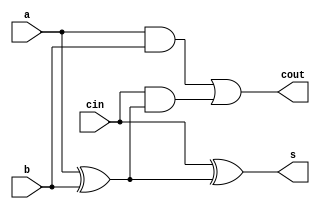
   
module bitadder(input a,
                      b,
                      cin,
                output s,
                       cout);

assign s = cin ^ (a ^ b);
assign cout = (a&b) | (cin&(a^b));

endmodule

module bit8adder(input[7:0] a,
                            b,
                           input carry_in, 
                 output[7:0] s ,  output c);

       wire carry[6:0];
        bitadder b0(.a(a[0]), .b(b[0]), .cin(carry_in), .s(s[0]), .cout(carry[0]));
        bitadder b1(.a(a[1]), .b(b[1]), .cin(carry[0]), .s(s[1]), .cout(carry[1]));
        bitadder b2(.a(a[2]), .b(b[2]), .cin(carry[1]), .s(s[2]), .cout(carry[2]));
        bitadder b3(.a(a[3]), .b(b[3]), .cin(carry[2]), .s(s[3]), .cout(carry[3]));
        bitadder b4(.a(a[4]), .b(b[4]), .cin(carry[3]), .s(s[4]), .cout(carry[4]));
        bitadder b5(.a(a[5]), .b(b[5]), .cin(carry[4]), .s(s[5]), .cout(carry[5]));
        bitadder b6(.a(a[6]), .b(b[6]), .cin(carry[5]), .s(s[6]), .cout(carry[6]));
        bitadder b7(.a(a[7]), .b(b[7]), .cin(carry[6]), .s(s[7]), .cout(c));
endmodule


module tb;

       reg[7:0] a,b;
         reg cin;
       wire[7:0] sum;
       wire carry;
       bit8adder ad(.a(a), .b(b), .carry_in(cin), .s(sum) , .c(carry));
       integer i ;
       initial begin
              for(i=0;i<10;i++) begin
                a <= ($urandom % 255);
                b <= ($urandom%255);
                cin <= 0; 
                #2;
              end
       end

       initial
              $monitor("a=%0d  b= %0d  sum = %0d cin =%d  overflow =%d",a,b,sum, cin , carry);

endmodule